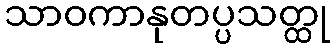
သာဝကာနုတပ္ပသတ္ထု